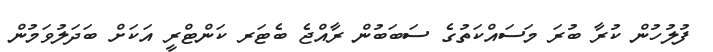
ފުލުހުން ކުރާ ބުރަ މަސައްކަތުގެ ސަބަބުން ރާއްޖެ ބެޓަރ ކަންޓްރީ އަކަށް ބަދަލުވަމުން